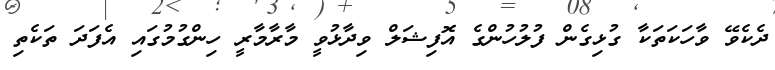
ދެކެވޭ ވާހަކަތަކާ ގުޅިގެން ފުލުހުންގެ އޮފިޝަލް ވިދާޅުވީ މާރާމާރީ ހިންގުމުގައި އެފަދަ ތަކެތި